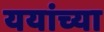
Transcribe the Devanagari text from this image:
ययांच्या